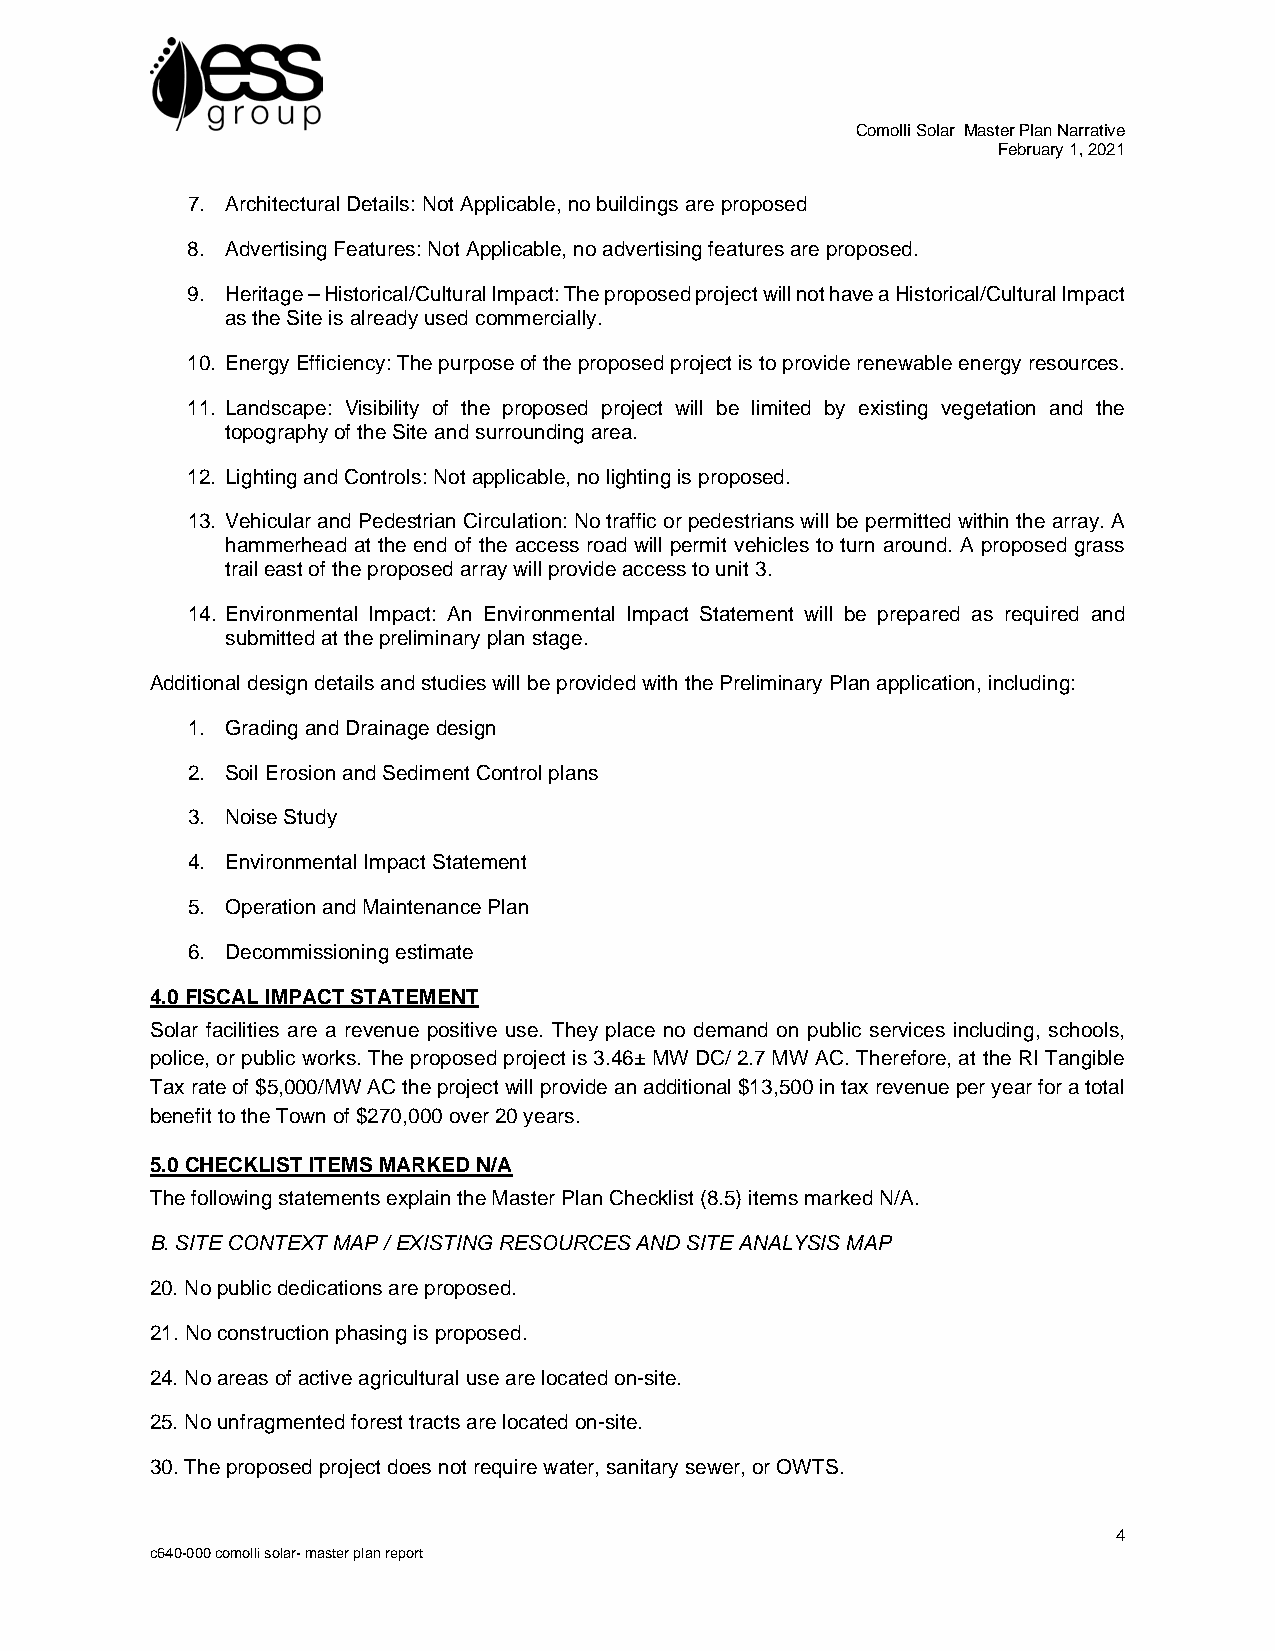
Comolli Solar Master Plan Narrative
 February 1, 2021
 7. Architectural Details: Not Applicable, no buildings are proposed
 8. Advertising Features: Not Applicable, no advertising features are proposed.
 9. Heritage – Historical/Cultural Impact: The proposed project will not have a Historical/Cultural Impact
 as the Site is already used commercially.
 10. Energy Efficiency: The purpose of the proposed project is to provide renewable energy resources.
 11. Landscape: Visibility of the proposed project will be limited by existing vegetation and the
 topography of the Site and surrounding area.
 12. Lighting and Controls: Not applicable, no lighting is proposed.
 13. Vehicular and Pedestrian Circulation: No traffic or pedestrians will be permitted within the array. A
 hammerhead at the end of the access road will permit vehicles to turn around. A proposed grass
 trail east of the proposed array will provide access to unit 3.
 14. Environmental Impact: An Environmental Impact Statement will be prepared as required and
 submitted at the preliminary plan stage.
 Additional design details and studies will be provided with the Preliminary Plan application, including:
 1. Grading and Drainage design
 2. Soil Erosion and Sediment Control plans
 3. Noise Study
 4. Environmental Impact Statement
 5. Operation and Maintenance Plan
 6. Decommissioning estimate
 4.0 FISCAL IMPACT STATEMENT
 Solar facilities are a revenue positive use. They place no demand on public services including, schools,
 police, or public works. The proposed project is 3.46± MW DC/ 2.7 MW AC. Therefore, at the RI Tangible
 Tax rate of $5,000/MW AC the project will provide an additional $13,500 in tax revenue per year for a total
 benefit to the Town of $270,000 over 20 years.
 5.0 CHECKLIST ITEMS MARKED N/A
 The following statements explain the Master Plan Checklist (8.5) items marked N/A.
 B. SITE CONTEXT MAP / EXISTING RESOURCES AND SITE ANALYSIS MAP
 20. No public dedications are proposed.
 21. No construction phasing is proposed.
 24. No areas of active agricultural use are located on-site.
 25. No unfragmented forest tracts are located on-site.
 30. The proposed project does not require water, sanitary sewer, or OWTS.
 4
 c640-000 comolli solar- master plan report